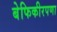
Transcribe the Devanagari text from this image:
बेफिकीरपणा